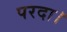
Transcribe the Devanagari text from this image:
परदा।